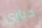
دياري